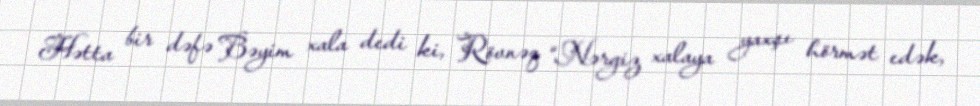
Hətta bir dəfə Bəyim xala dedi ki, Rövnəq “Nərgiz xalaya yaxşı hörmət edək,